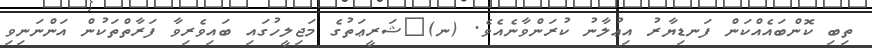
ތިބި ކޮންބައެއްކަން ފަނޑިޔާރު އިޢުލާނު ކުރަންވާނެއެވެ. (ނ)	ޝަރީޢަތުގެ މަޖިލީހުގައި ބައިވެރިވާ ފަރާތްތަކުން އަންނަނިވި